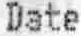
DATE